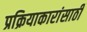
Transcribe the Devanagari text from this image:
प्रक्रियाकारांसाठी